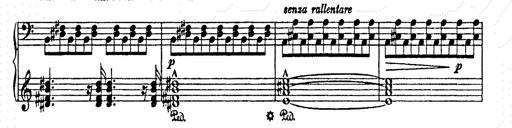
Title: AnnÃ©es de pÃ¨lerinage II
Composer: Franz Liszt